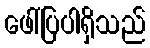
ဖေါ်ပြပါရှိသည်